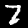
Label: 7